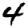
Digit: 4